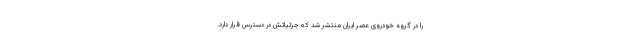
را در گروه خودروی عصر ایران منتشر شد که جزئیاتش در دسترس قرار دارد.